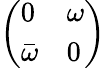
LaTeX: \left(\begin{array}{ll}{0}&{\omega}\\ {\bar{\omega}}&{0}\end{array}\right)